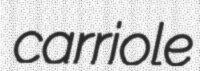
carriole